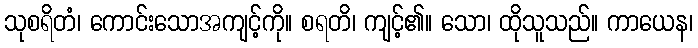
သုစရိတံ၊ ကောင်းသောအကျင့်ကို။ စရတိ၊ ကျင့်၏။ သော၊ ထိုသူသည်။ ကာယေန၊